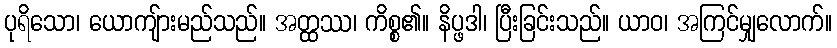
ပုရိသော၊ ယောကျ်ားမည်သည်။ အတ္ထဿ၊ ကိစ္စ၏။ နိပ္ဖဒါ၊ ပြီးခြင်းသည်။ ယာဝ၊ အကြင်မျှလောက်။